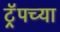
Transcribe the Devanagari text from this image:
ट्रॅपच्या